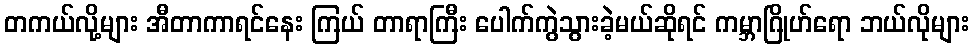
တကယ်လို့များ အီတာကာရင်နေး ကြယ် တာရာကြီး ပေါက်ကွဲသွားခဲ့မယ်ဆိုရင် ကမ္ဘာဂြိုဟ်ရော ဘယ်လိုများ